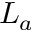
L _ { a }